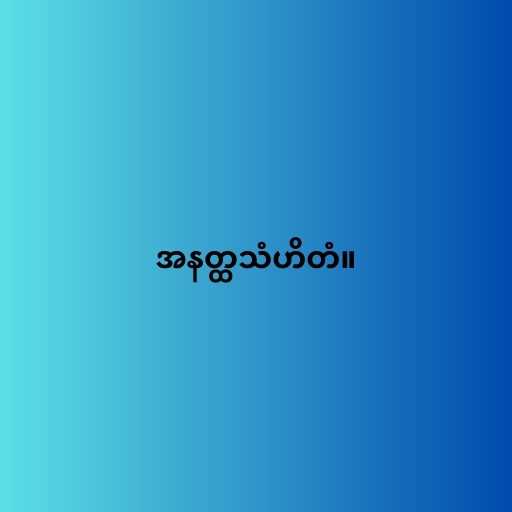
အနတ္ထသံဟိတံ။